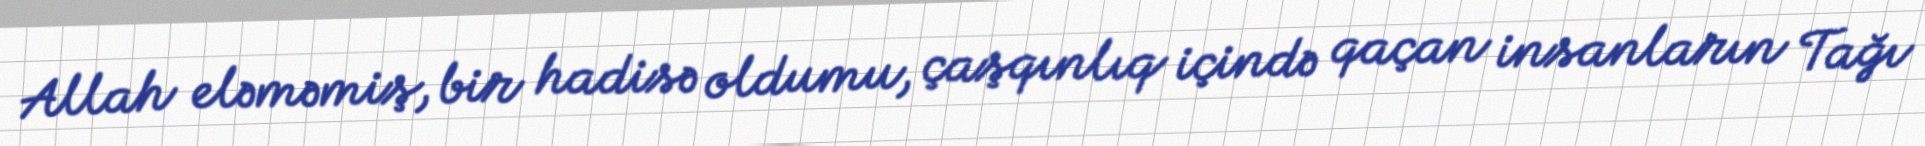
Allah eləməmiş, bir hadisə oldumu, çaşqınlıq içində qaçan insanların Tağı